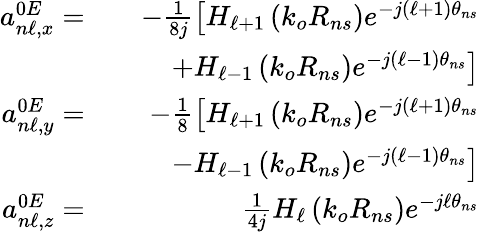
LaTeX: \begin{array}{rlr}{a_{n\ell,x}^{0E}=}&{}&{-\frac{1}{8j}\left[H_{\ell+1}\left(k_{o}R_{ns}\right)e^{-j(\ell+1)\theta_{ns}}\right.}\\ &{}&{\left.+H_{\ell-1}\left(k_{o}R_{ns}\right)e^{-j(\ell-1)\theta_{ns}}\right]}\\ {a_{n\ell,y}^{0E}=}&{}&{-\frac{1}{8}\left[H_{\ell+1}\left(k_{o}R_{ns}\right)e^{-j(\ell+1)\theta_{ns}}\right.}\\ &{}&{\left.-H_{\ell-1}\left(k_{o}R_{ns}\right)e^{-j(\ell-1)\theta_{ns}}\right]}\\ {a_{n\ell,z}^{0E}=}&{}&{\frac{1}{4j}H_{\ell}\left(k_{o}R_{ns}\right)e^{-j\ell\theta_{ns}}}\end{array}